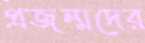
প্রজন্মদের